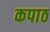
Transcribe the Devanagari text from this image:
कपाठ